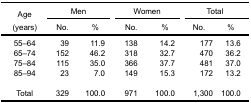
| <ROWSPAN=2> Age | <COLSPAN=2> Men | <COLSPAN=2> Women | <COLSPAN=2> Total |
 | (years) | No. | % | No. | % | No. | % |
 | --- | --- | --- | --- | --- | --- | --- |
 | 55–64 | 39 | 11.9 | 138 | 14.2 | 177 | 13.6 |
 | 65–74 | 152 | 46.2 | 318 | 32.7 | 470 | 36.2 |
 | 75–84 | 115 | 35.0 | 366 | 37.7 | 481 | 37.0 |
 | 85–94 | 23 | 7.0 | 149 | 15.3 | 172 | 13.2 |
 | <COLSPAN=7>  |
 | Total | 329 | 100.0 | 971 | 100.0 | 1,300 | 100.0 |